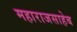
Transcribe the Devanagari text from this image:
महाराजसाहेब